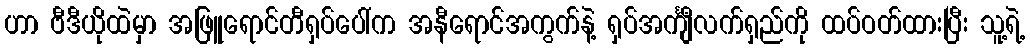
ဟာ ဗီဒီယိုထဲမှာ အဖြူရောင်တီရှပ်ပေါ်က အနီရောင်အကွက်နဲ့ ရှပ်အင်္ကျီလက်ရှည်ကို ထပ်ဝတ်ထားပြီး သူ့ရဲ့